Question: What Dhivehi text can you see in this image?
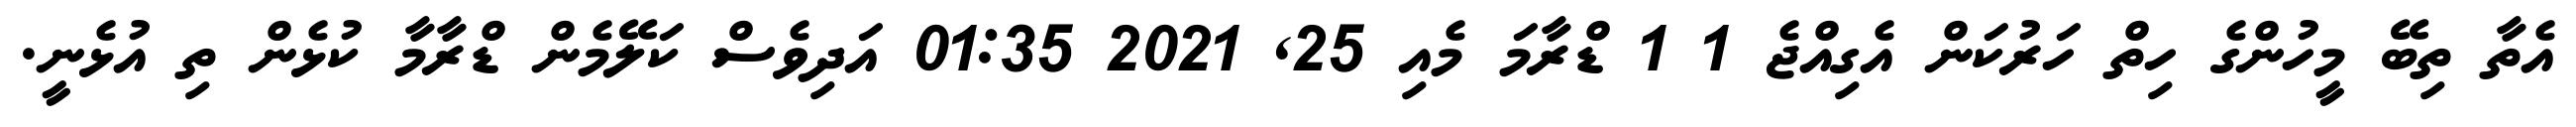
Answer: އެތާ ތިބޭ މީހުންގެ ހިތް ހަރުކަން އެގިއްޖެ 1 1 ޑްރާމަ މެއި 25, 2021 01:35 އަދިވެސް ކަލޭމެން ޑްރާމާ ކުޅެން ތި އުޅެނީ.